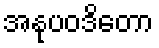
အနုပဝဒိတော